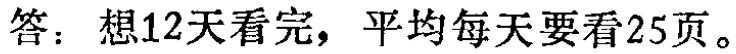
答：想12天看完，平均每天要看25页。